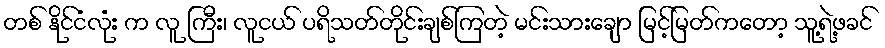
တစ် နိုင်ငံလုံး က လူ ကြီး၊ လူငယ် ပရိသတ်တိုင်းချစ်ကြတဲ့ မင်းသားချော မြင့်မြတ်ကတော့ သူ့ရဲ့ဖခင်